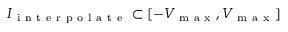
I _ { \mathrm { ~ i ~ n ~ t ~ e ~ r ~ p ~ o ~ l ~ a ~ t ~ e ~ } } \subset [ - V _ { \mathrm { ~ m ~ a ~ x ~ } } , V _ { \mathrm { ~ m ~ a ~ x ~ } } ]